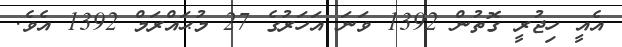
އެއީ ހިޖުރީ ގޮތުން 1392 ވަނަ އަހަރުގެ 27 މުޙައްރަމް 1392 އެވެ.